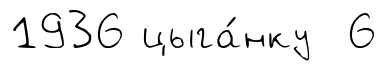
1936 цыга́нку 6